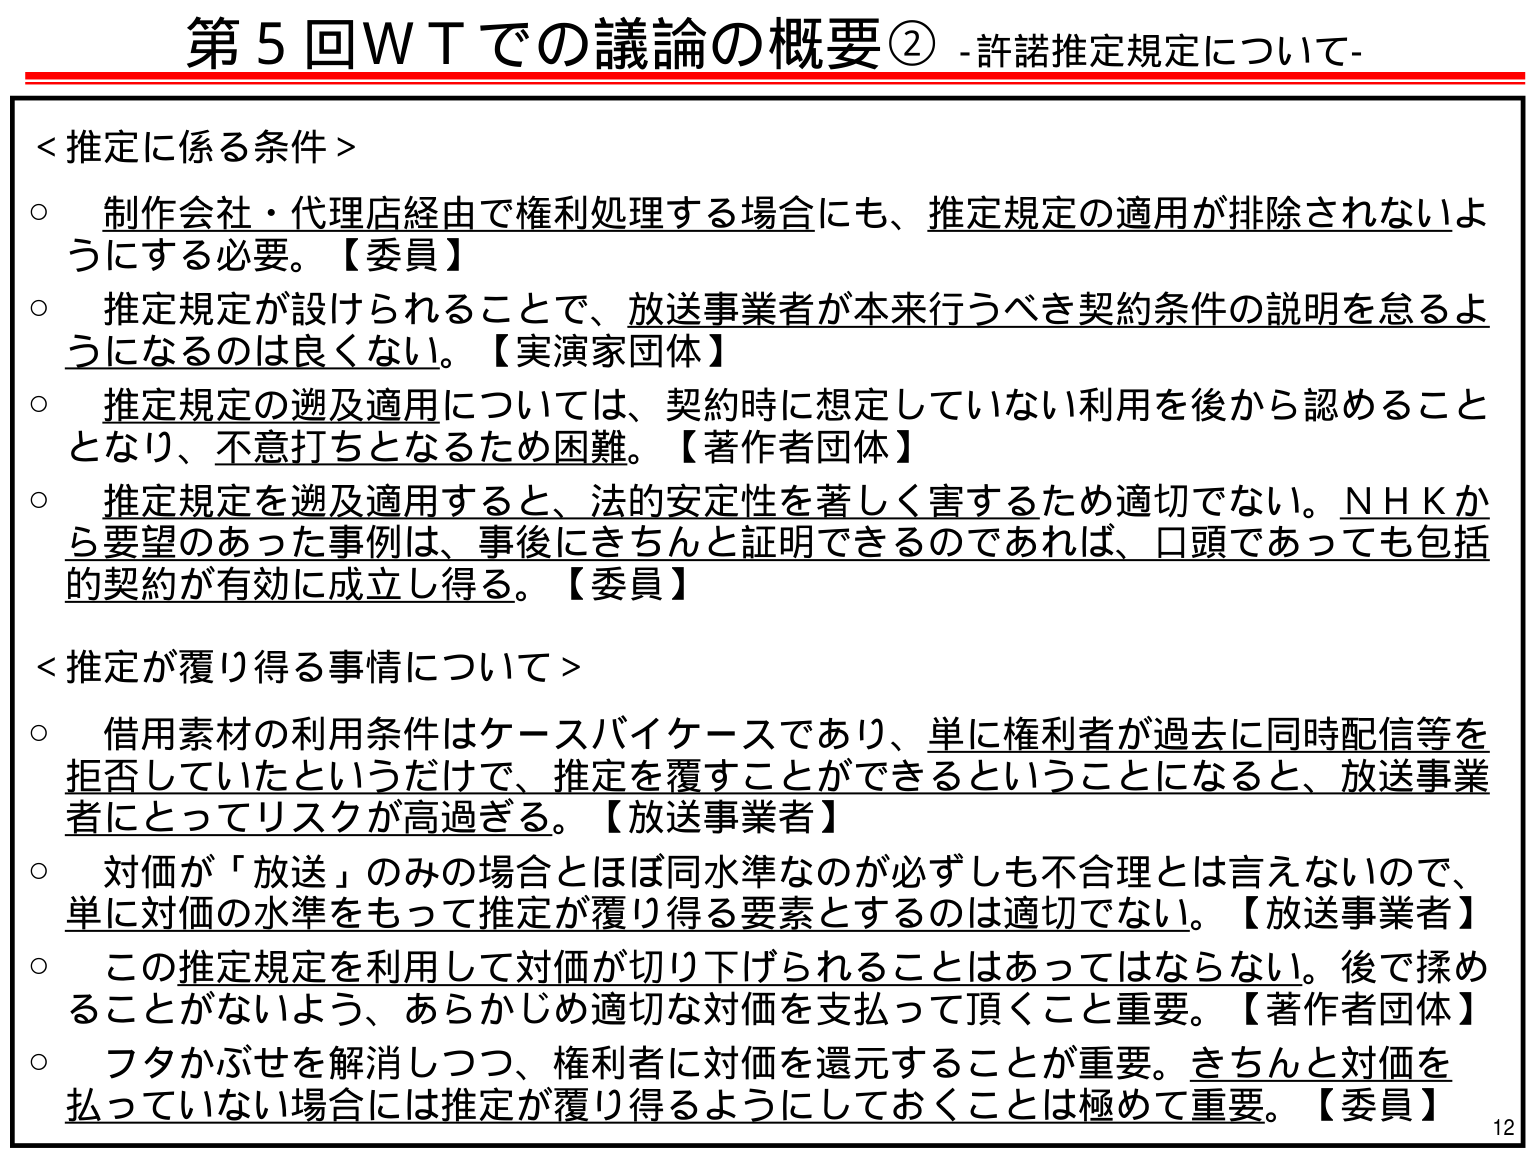
第5回WTでの議論の概要② -許諾推定規定について-

＜推定に係る条件＞
○ 制作会社・代理店経由で権利処理する場合にも、推定規定の適用が排除されないようにする必要。【委員】
○ 推定規定が設けられることで、放送事業者が本来行うべき契約条件の説明を怠るようになるのは良くない。【実演家団体】
○ 推定規定の遡及適用については、契約時に想定していない利用を後から認めることとなり、不意打ちとなるため困難。【著作者団体】
○ 推定規定を遡及適用すると、法的安定性を著しく害するため適切でない。NHKから要望のあった事例は、事後にきちんと証明できるのであれば、口頭であっても包括的契約が有効に成立し得る。【委員】

＜推定が覆り得る事情について＞
○ 借用素材の利用条件はケースバイケースであり、単に権利者が過去に同時配信等を拒否していたというだけで、推定を覆すことができるということになると、放送事業者にとってリスクが高過ぎる。【放送事業者】
○ 対価が「放送」のみの場合とほぼ同水準なのが必ずしも不合理とは言えないのので、単に対価の水準をもって推定が覆り得る要素とするのは適切でない。【放送事業者】
○ この推定規定を利用して対価が切り下げられることはあってはならない。後で揉めことがないように、あらかじめ適切な対価を支払って頂くこと重要。【著作者団体】
○ フタかぶせを解消しつつ、権利者に対価を還元することが重要。きちんと対価を払っていない場合には推定が覆り得るようにしておくことは極めて重要。【委員】

12